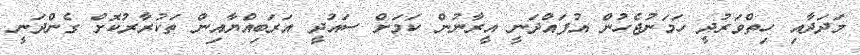
މަދަދާއި ހިތްވަރުދީ ހަމަނުޖެހުން އުފައްދަނީ އީރާނުން ކަމަށް ސައުދީ އަރަބިއްޔާއިން ތަކުރާރުކޮށް ގެންދަނީ